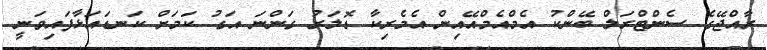
ރާއްޖޭގެ ސެންޓްރަލް ބޭންކު އެމްއެމްއޭއިން އެމެރިކާ ޑޮލަރު ގަންނަ އަގު ކަމަށް ކަނޑައަޅާފައިވަނީ